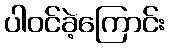
ပါဝင်ခဲ့ကြောင်း